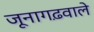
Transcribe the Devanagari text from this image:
जूनागढ़वाले